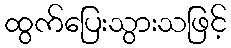
ထွက်ပြေးသွားသဖြင့်